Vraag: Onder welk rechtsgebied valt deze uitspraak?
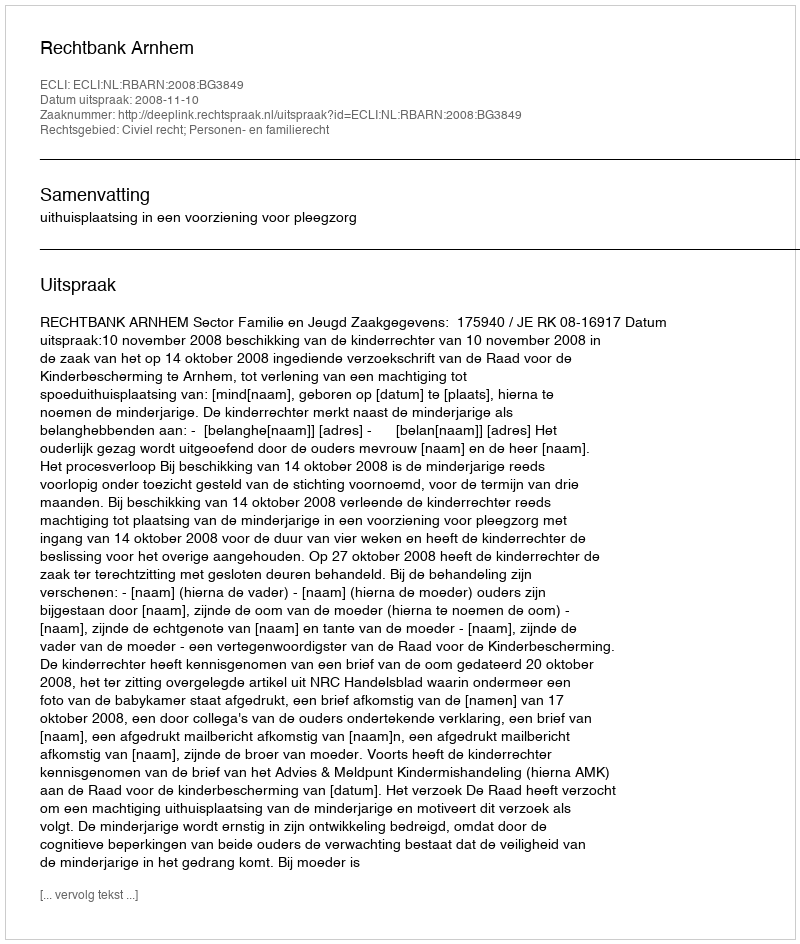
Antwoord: Civiel recht; Personen- en familierecht